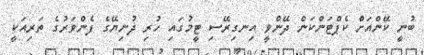
ބުނީ ކޭންއަށް ކެޕްޓަންކަން ދޭންވީ އިނގިރޭސި ޓީމުގައި ހުރި ދުނިޔޭގެ ފެންވަރުގެ ތަރިއަކީ